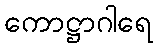
ကောဋ္ဌာဂါရေ